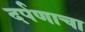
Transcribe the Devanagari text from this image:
दर्पणाचा